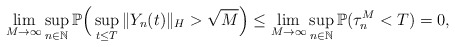
\begin{align*}\lim_{M\rightarrow\infty} \sup_{n\in\mathbb{N}}\mathbb{P}\Big(\sup_{t\leq T}\Vert Y_n(t)\Vert_H >\sqrt{M}\Big) \leq \lim_{M\rightarrow\infty} \sup_{n\in\mathbb{N}}\mathbb{P}(\tau_{n}^M <T) =0 ,\end{align*}